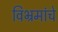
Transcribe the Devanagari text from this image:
विभ्रमांचे